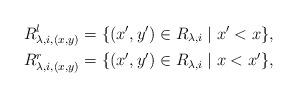
LaTeX: \begin{align*}R_{\lambda,i,(x,y)}^{l} &= \{ (x',y') \in R_{\lambda,i} \mid x' < x \}, \\R_{\lambda,i,(x,y)}^{r} &= \{ (x',y') \in R_{\lambda,i} \mid x < x' \},\end{align*}